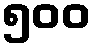
၅၀၀